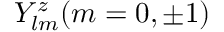
Y _ { l m } ^ { z } ( m = 0 , \pm { 1 } )